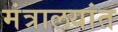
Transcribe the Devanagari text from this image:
मंत्रालयांत